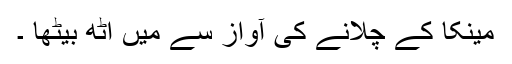
مینکا کے چلانے کی آواز سے میں اٹھ بیٹھا ۔